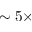
\sim 5 \times